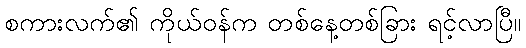
စကားလက်၏ ကိုယ်ဝန်က တစ်နေ့တစ်ခြား ရင့်လာပြီ။